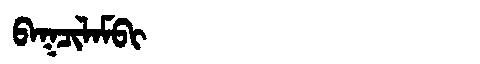
Manchu: ᠪᠠᡴᠴᡳᠯᠠᠮᠪᡳ
Romanization: BAKCILAMBI